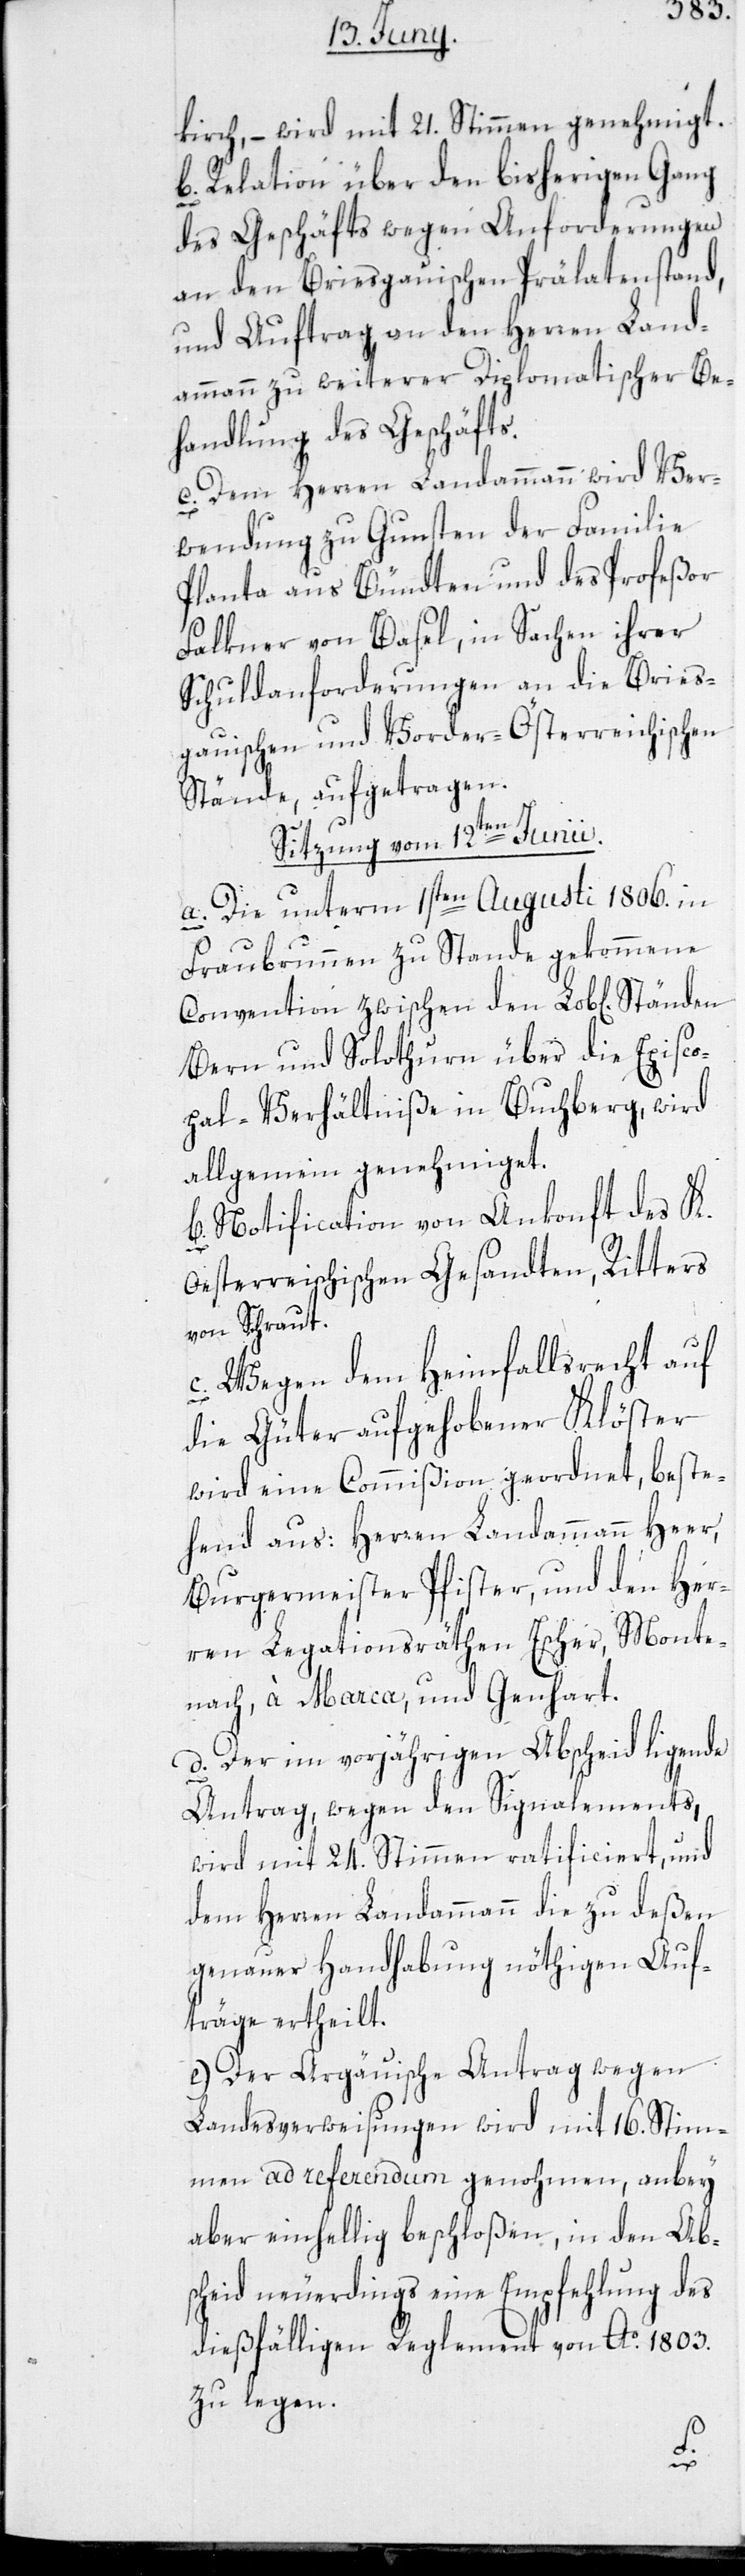
kirch, – wird mit 21. Stimmen genehmigt.
b. Relation über den bisherigen Gang
des Geschäfts wegen Anforderungen
an den Briesgauischen Prälatenstand,
und Auftrag an den Herren Land¬
ammann zu weiterer Diplomatischer Be¬
handlung des Geschäfts.
c. Dem Herren Landammann wird Ver¬
wendung zu Gunsten der Familie
Planta aus Bündten und des Profeßor
Falkner von Basel, in Sachen ihrer
Schuldanforderungen an die Bries¬
gauischen und Vorder-Österreichischen
Stände, aufgetragen.
Sitzung vom 12ten Junii.
a. Die unterm 1sten Augusti 1806. in
Fraubrunnen zu Stande gekommene
Convention zwischen den Lob[lichen]
Bern und Solothurn über die Episco¬
pal-Verhältniße in Buchberg, wird
allgemein genehmiget.
b. Notification von Ankonft des K.
Oesterreichischen Gesandten, Ritters
von Schraut.
c. Wegen dem Heimfallsrecht auf
die Güter aufgehobener Klöster
wird eine Commißion geordnet, beste¬
hend aus: Herren Landammann Heer,
Burgermeister Pfister, und den Her¬
ren Legationsräthen Escher, Monte¬
nach, à Marca und Genhart.
d. Der im vorjährigen Abscheid ligende
Antrag, wegen den Signalements,
wird mit 24. Stimmen ratificiert, und
dem Herren Landammann die zu deßen
genauer Handhabung nöthigen Auf¬
träge ertheilt.
e. Der Argäuische Antrag wegen
Landesverweisung wird mit 16. Stim¬
men ad referendum genohmen, anbey
aber einhellig beschloßen, in den Ab¬
scheid neuerdings eine Empfehlung des
dießfälligen Reglement von Ao. 1803.
zu legen.